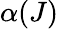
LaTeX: \alpha(J)